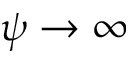
\psi \to \infty